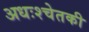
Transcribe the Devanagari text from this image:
अधःश्चेतकी